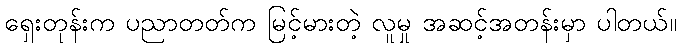
ရှေးတုန်းက ပညာတတ်က မြင့်မားတဲ့ လူမှု အဆင့်အတန်းမှာ ပါတယ်။